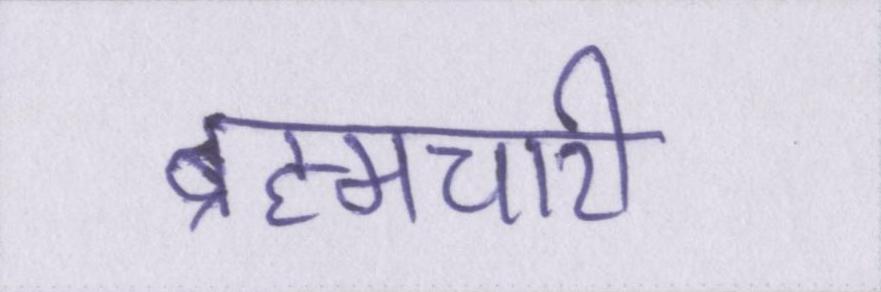
ब्रह्मचारी